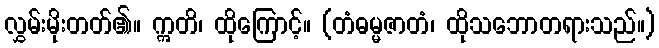
လွှမ်းမိုးတတ်၏။ ဣတိ၊ ထိုကြောင့်။ (တံဓမ္မဇာတံ၊ ထိုသဘောတရားသည်။)